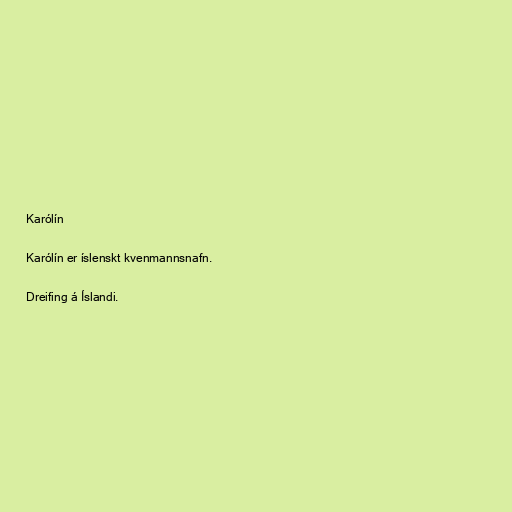
Karólín

Karólín er íslenskt kvenmannsnafn.

Dreifing á Íslandi.